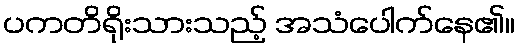
ပကတိရိုးသားသည့် အသံပေါက်နေ၏။